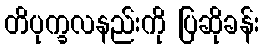
တိပုက္ခလနည်းကို ပြဆိုခန်း